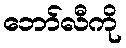
ဘော်လီကို